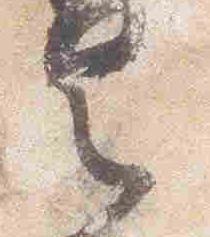
具